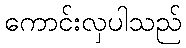
ကောင်းလှပါသည်